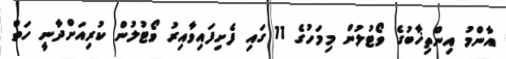
އާންމު އިންތިޚާބުގެ ވޯޓުލުން މިމަހުގެ 11 ގައި ފެށިފައިވާއިރު ވޯޓުލުން ކުރިއަށްދާނީ ހަތް